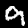
Digit: 9